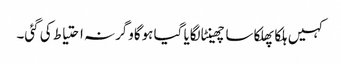
کہیں ہلکا پھلکا سا چھینٹا لگایا گیا ہوگاوگرنہ احتیاط کی گئی۔